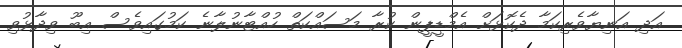
އަދި އަނިޔާވެރިކަމާ ދެކޮޅަށް އެމްޑީޕީން ކުރާ މަސައްކަތް ހުއްޓާނުލާނެ ކަމުގައިވެސް އިބޫ ވިދާޅުވި